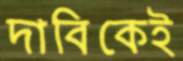
দাবিকেই